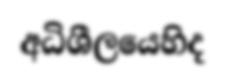
අධිශීලයෙහිද